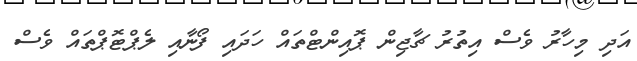
އަދި މިހާރު ވެސް އިތުރު ޗާޖިން ޕޮއިންޓްތައް ހަދައި ފޯނާއި ލެޕްޓޮޕްތައް ވެސް